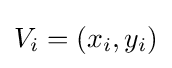
V_{i}=(x_{i},y_{i})